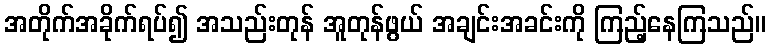
အတိုက်အခိုက်ရပ်၍ အသည်းတုန် အူတုန်ဖွယ် အချင်းအခင်းကို ကြည့်နေကြသည်။